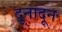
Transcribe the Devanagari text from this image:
दूनादून